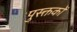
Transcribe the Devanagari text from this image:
पुस्क्तकों